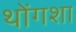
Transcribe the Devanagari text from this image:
थोंगशा